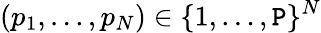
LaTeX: (p_{1},\dotsc,p_{N})\in\{ 1,\dotsc,\mathtt{P}\} ^{N}